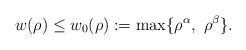
LaTeX: \begin{align*}w(\rho)\le w_{0}(\rho):=\max\{\rho^\alpha,\ \rho^\beta\}.\end{align*}